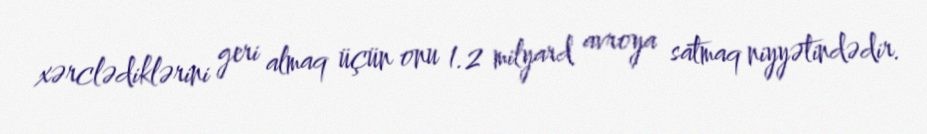
xərclədiklərini geri almaq üçün onu 1.2 milyard avroya satmaq niyyətindədir.